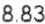
8.83